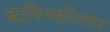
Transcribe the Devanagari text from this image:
बारिनहाॅल्तज़